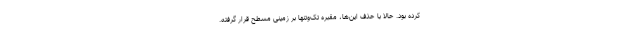
کرده بود. حالا با حذف این‌ها، مقبره تک‌وتنها بر زمینی مسطح قرار گرفته.